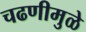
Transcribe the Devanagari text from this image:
चढणीमुळे